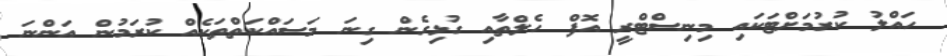
ހައްލު ކުރުމަށްޓަކައި މިނިސްޓްރީ އޮފް ހެލްތާއި ގުޅިގެން ގިނަ މަސައްކަތްތަކެއް ކުރަމުން އަންނަ